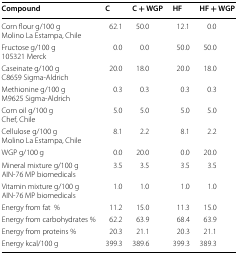
| Compound | C | C + WGP | HF | HF + WGP |
 | --- | --- | --- | --- | --- |
 | Corn flour g/100 gMolino La Estampa, Chile | 62.1 | 50.0 | 12.1 | 0.0 |
 | Fructose g/100 g105321 Merck | 0.0 | 0.0 | 50.0 | 50.0 |
 | Caseinate g/100 gC8659 Sigma-Aldrich | 20.0 | 18.0 | 20.0 | 18.0 |
 | Methionine g/100 gM9625 Sigma-Aldrich | 0.3 | 0.3 | 0.3 | 0.3 |
 | Corn oil g/100 gChef, Chile | 5.0 | 5.0 | 5.0 | 5.0 |
 | Cellulose g/100 gMolino La Estampa, Chile | 8.1 | 2.2 | 8.1 | 2.2 |
 | WGP g/100 g | 0.0 | 20.0 | 0.0 | 20.0 |
 | Mineral mixture g/100 gAIN-76 MP biomedicals | 3.5 | 3.5 | 3.5 | 3.5 |
 | Vitamin mixture g/100 gAIN-76 MP biomedicals | 1.0 | 1.0 | 1.0 | 1.0 |
 | Energy from fat% | 11.2 | 15.0 | 11.3 | 15.0 |
 | Energy from carbohydrates % | 62.2 | 63.9 | 68.4 | 63.9 |
 | Energy from proteins % | 20.3 | 21.1 | 20.3 | 21.1 |
 | Energy kcal/100 g | 399.3 | 389.6 | 399.3 | 389.3 |